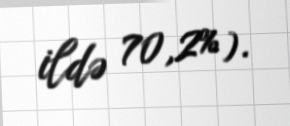
ildə 70,2%).